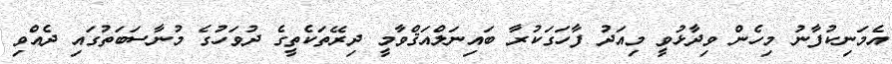
އެމަނިކުފާނު މިހެން ވިދާޅުވީ މިއަދު ފާހަގަކުރާ ބައިނަލްއަޤްވާމީ ދިރޭތަކެތީގެ ދުވަހުގެ މުނާސަބަތުގައި ދެއްވި